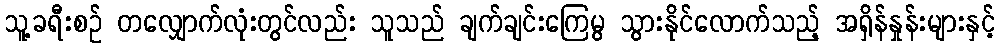
သူ့ခရီးစဉ် တလျှောက်လုံးတွင်လည်း သူသည် ချက်ချင်းကြေမွ သွားနိုင်လောက်သည့် အရှိန်နှုန်းများနှင့်